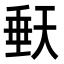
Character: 𭏀